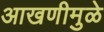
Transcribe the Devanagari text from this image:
आखणीमुळे